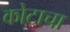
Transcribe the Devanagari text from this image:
कोटाचा